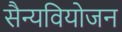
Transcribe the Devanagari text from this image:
सैन्यवियोजन